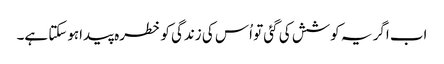
اب اگر یہ کوشش کی گئی تو اُس کی زندگی کو خطرہ پیداہوسکتا ہے۔